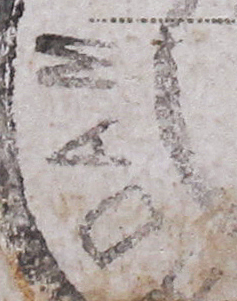
DAM